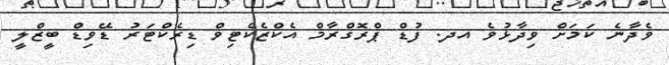
ވެދާނެ ކަމަށް ވިދާޅުވެ އދ. ފުޑް ޕްރޮގްރާމް އެކްޒެކެޓިވް ޑިރެކްޓަރު ޑޭވިޑް ބީޒްލީ